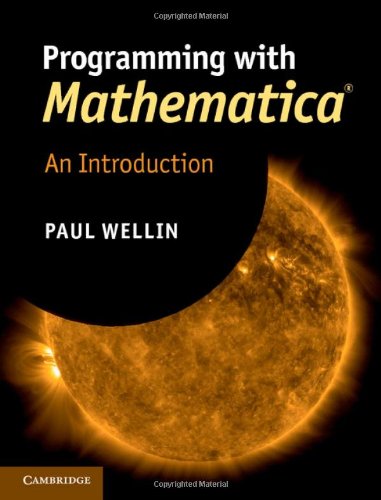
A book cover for Programming with MathematicaÂ®: An Introduction; Paul Wellin; Computers & Technology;